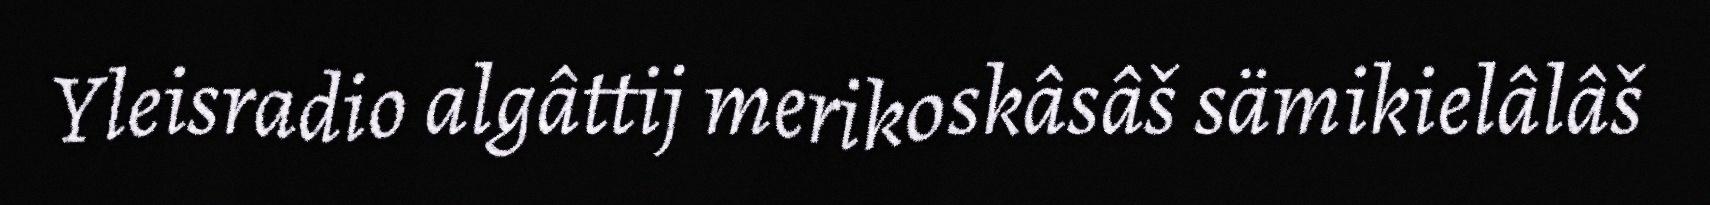
Yleisradio algâttij merikoskâsâš sämikielâlâš